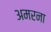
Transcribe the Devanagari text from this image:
अमरना